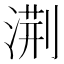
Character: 𭱧